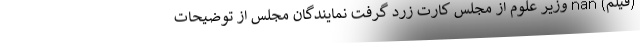
(فیلم) nan وزیر علوم از مجلس کارت زرد گرفت نمایندگان مجلس از توضیحات